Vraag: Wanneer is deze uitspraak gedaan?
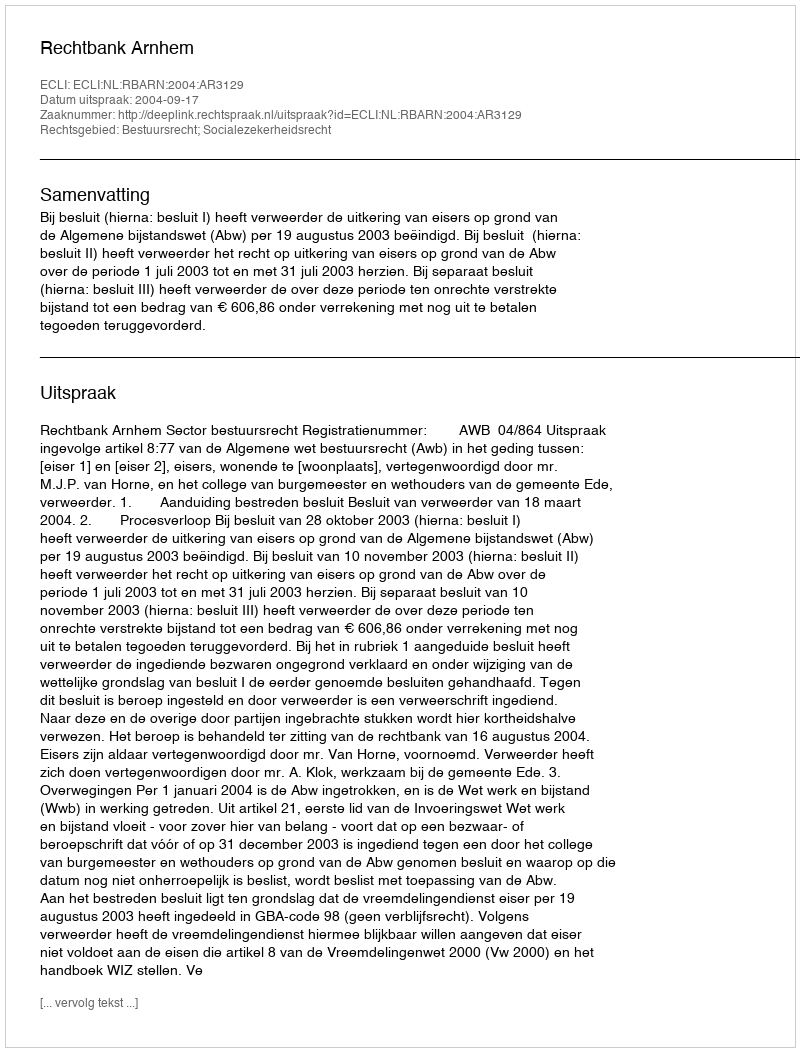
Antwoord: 2004-09-17